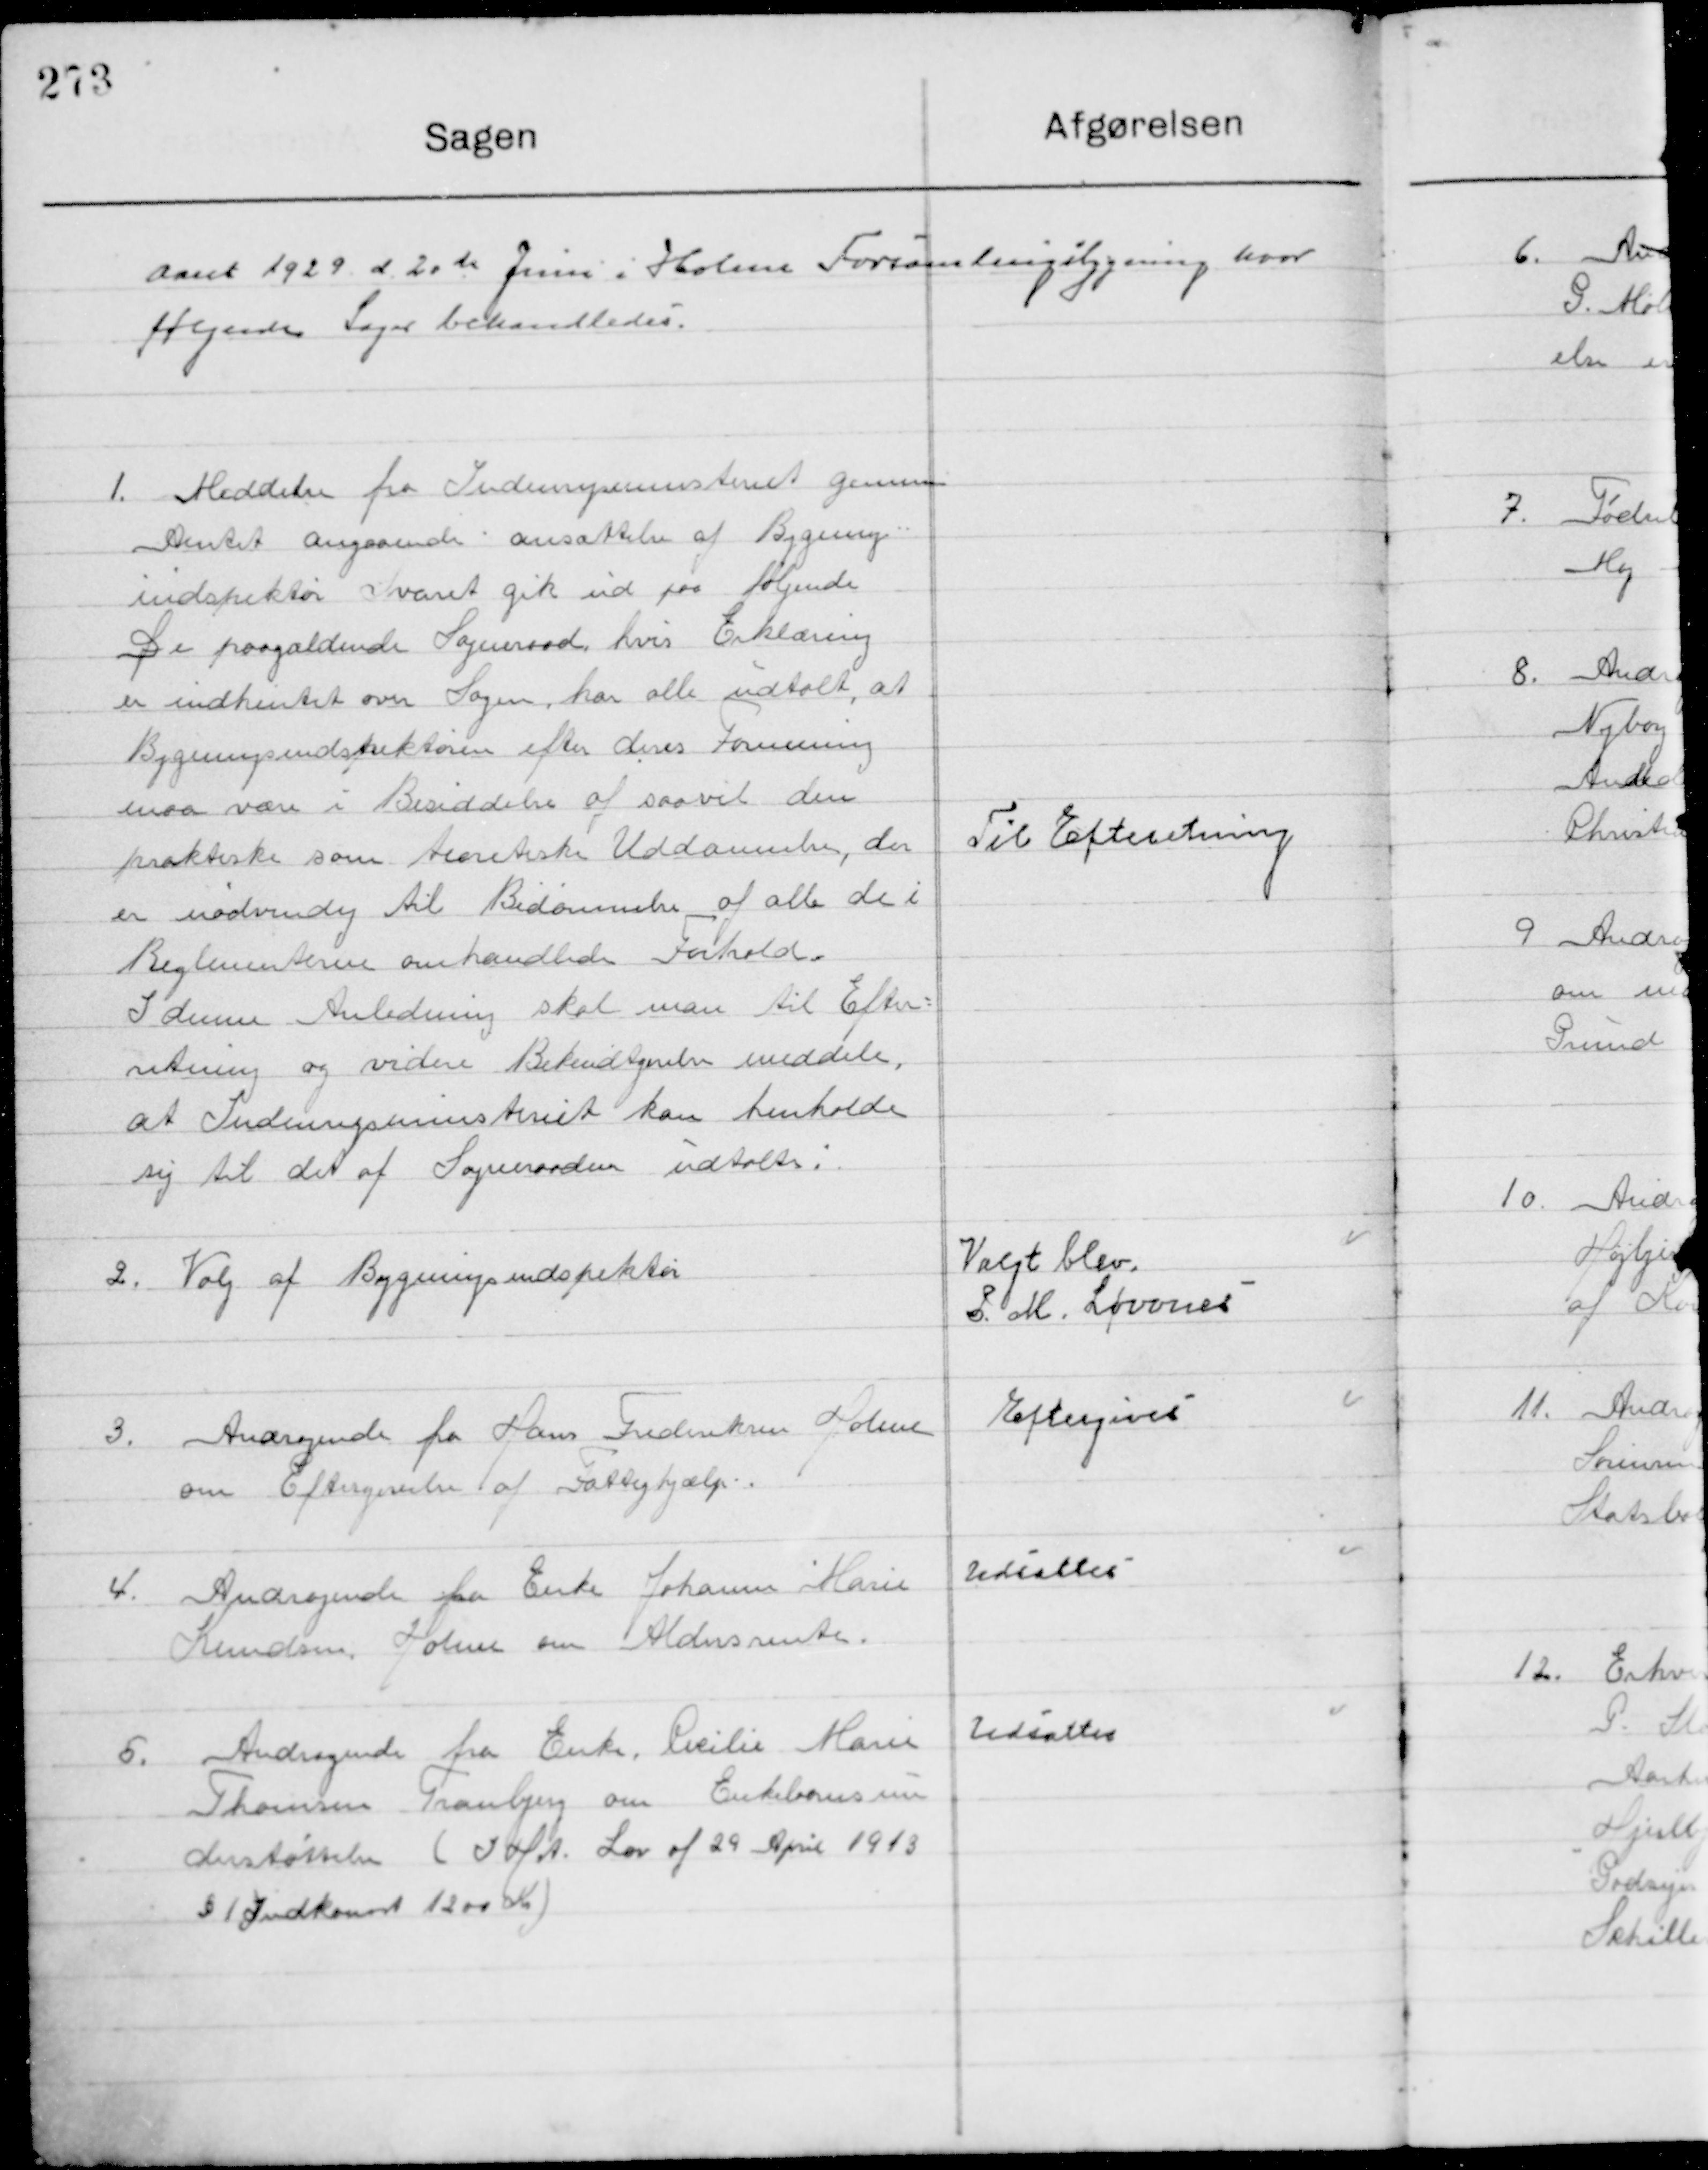
Transskription:
Aaret 1929 d. 20de Juni i Holme Forsamlingsbygning hvor 
følgende Sager behandledes.

1

Meddelelse fra Indenrigsministeriet gennem 
Amtet Angaaende ansættelse af Bygnings-
Inspektør Svaret gik ud paa følgende
Da paagældende Sogneraad hvis Erklæring
er indhentet om Sagen har alle udtalt, at 
Bygningsinspektøren efter deres Formening
Maa være i Besiddelse af saavit den
Praktiske som teoretiske Uddannelse, der 
er nødvendig til Bedømmelse af alle de i
Bestemmelserne omhandlede forhold.
I denne Anledning skal man til Efter-
retning og vider Bebudelse meddele,
at Indenrigsministeriet kan henholde
sig til det af Sogneraadet udtalelse i

Til Efterretning

2

Valg af Bygningsinspektør

Valgt blev
P. M. Lørvnes

3

Andragende fra Hans Frederiksen Holme
om Eftergivelse af Fattighjælp

Eftergives

4

Andragende fra Enke Johanne Marie
Knudsen holme om Aldersrente

Udsattes

5

Andragende fra Enke Cicilie Marie 
Thomsen Tranbjerg om Enkebonusun-
derstøttelse (I H. A. Lov af 29 April 1913
§ 1 Indkomst 1200 Kr. )

Udsattes